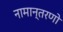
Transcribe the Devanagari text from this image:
नामान्तरणो